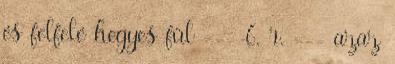
és felfelé hegyes fül --- 6. r. --- azaz